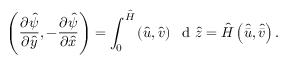
\left( \frac { \partial \hat { \psi } } { \partial \hat { y } } , - \frac { \partial \hat { \psi } } { \partial \hat { x } } \right) = \int _ { 0 } ^ { \hat { H } } \left( \hat { u } , \hat { v } \right) ~ \mathrm { ~ d ~ } \hat { z } = \hat { H } \left( \hat { \bar { u } } , \hat { \bar { v } } \right) .